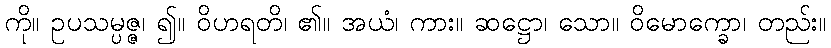
ကို။ ဥပသမ္ပဇ္ဇ၊ ၍။ ဝိဟရတိ၊ ၏။ အယံ၊ ကား။ ဆဋ္ဌော၊ သော။ ဝိမောက္ခော၊ တည်း။